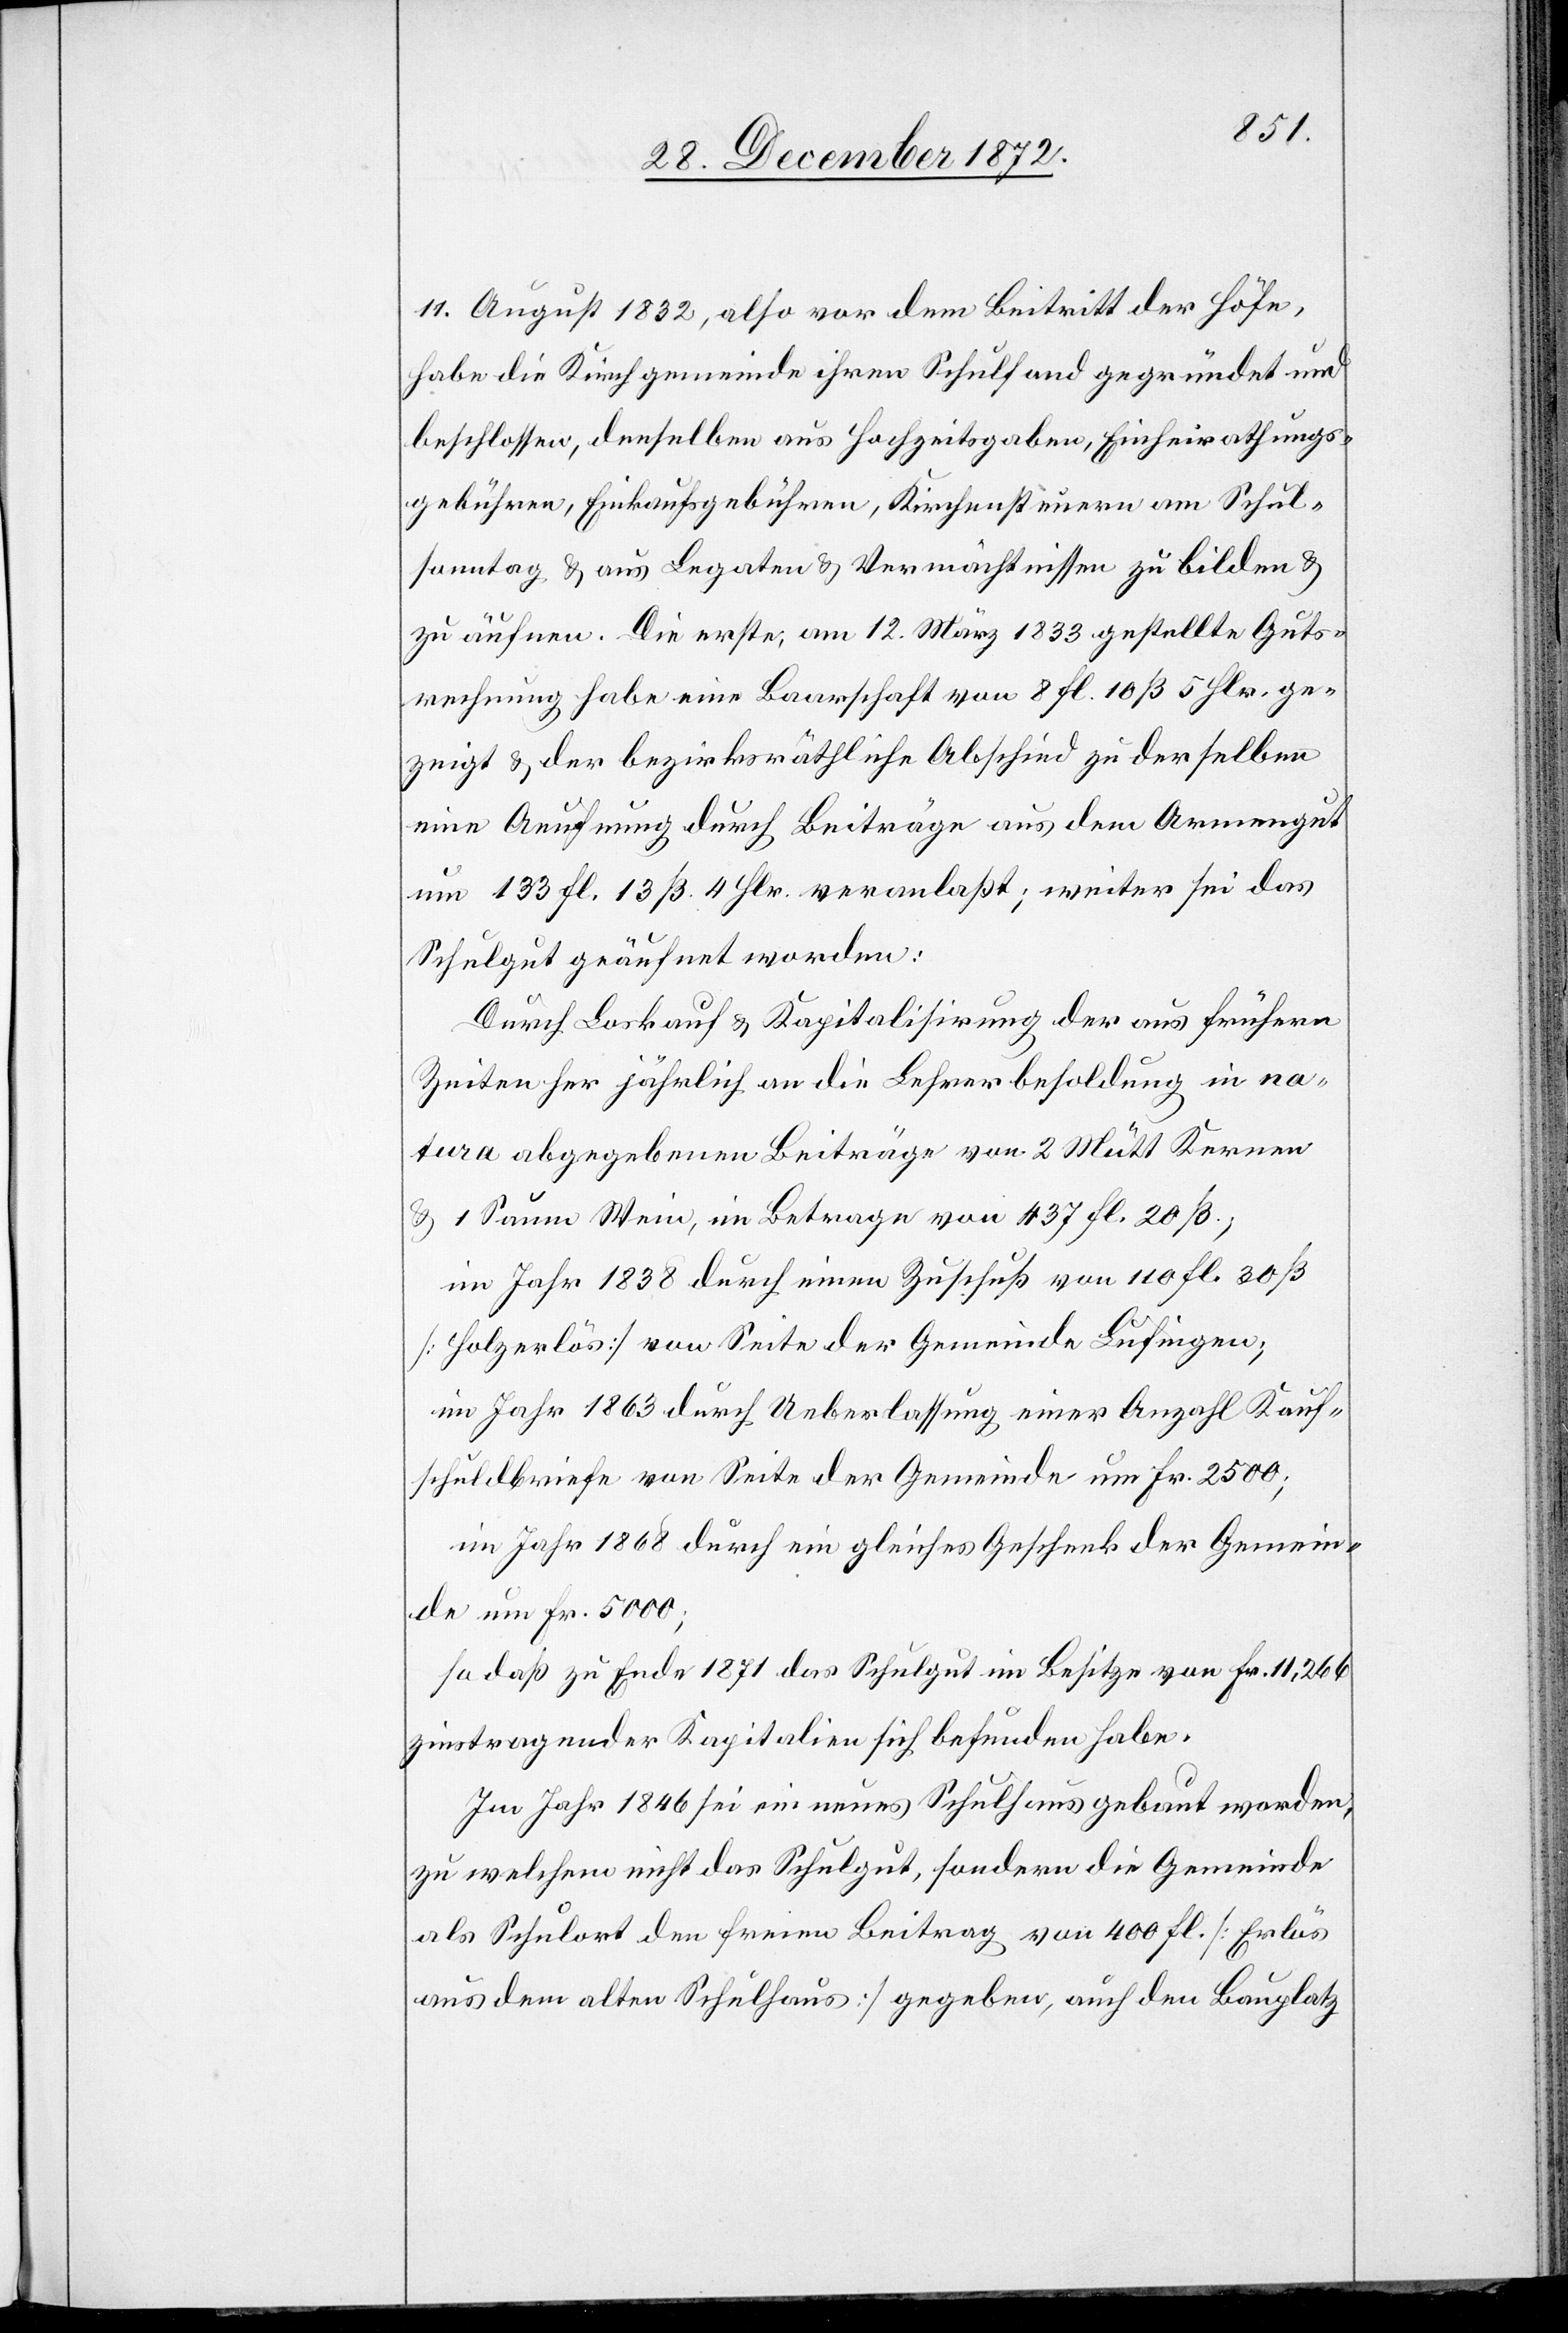
11. August 1832, also vor dem Beitritt der Höfe,
habe die Kirchgemeinde ihren Schulfond gegründet und
beschlossen, denselben aus Hochzeitsgaben, Einheirathungs¬
gebühren, Einkaufsgebühren, Kirchensteuern am Schul¬
sonntag u. aus Legaten u. Vermächtnissen zu bilden u.
zu äufnen. Die erste, am 12. März 1833 gestellte Guts¬
rechnung habe eine Baarschaft von 8 fl. 10 ß 5 Hlr. ge¬
zeigt u. der bezirksräthliche Abschied zu derselben
eine Aeufnung durch Beiträge aus dem Armengut
um 133 fl. 13 ß. 4 Hlr. veranlaßt; weiter sei das
Schulgut geäufnet worden:
Durch Loskauf u. Kapitalisierung der aus frühern
Zeiten her jährlich an die Lehrerbesoldung in na¬
tura abgegebenen Beiträge von 2 Mütt Kernen
u. 1 Saum Wein, im Betrage von 437 fl. 20 ß.;
im Jahr 1838 durch einen Zuschuß von 110 fl. 30 ß
[Holzerlös] von Seite der Gemeinde Lufingen;
im Jahr 1863 durch Ueberlassung einer Anzahl Kauf¬
schuldbriefe von Seite der Gemeinde um Fr. 2500;
im Jahr 1868 durch ein gleiches Geschenk der Gemein¬
de um Fr. 5000;
so daß zu Ende 1871 das Schulgut im Besitze von Fr. 11,266
zinstragender Kapitalien sich befunden habe,
Im Jahr 1846 sei ein neues Schulhaus gebaut worden,
zu welchem nicht das Schulgut, sondern die Gemeinde
als Schulort den freien Beitrag von 400 fl. [Erlös
aus dem alten Schulhaus] gegeben, auch den Bauplatz